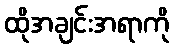
ထိုအချင်းအရာကို